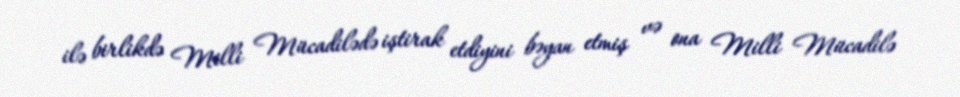
ilə birlikdə Milli Mücadilədə iştirak etdiyini bəyan etmiş və ona Milli Mücadilə